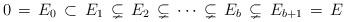
LaTeX: \begin{align*}0\,=\, E_0\, \subset\, E_1 \,\subsetneq\, E_2\, \subsetneq\, \cdots \, \subsetneq\, E_b \,\subsetneq\, E_{b+1}\,=\, E\end{align*}